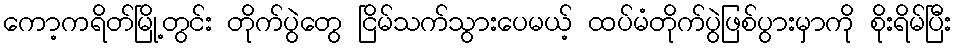
ကော့ကရိတ်မြို့တွင်း တိုက်ပွဲတွေ ငြိမ်သက်သွားပေမယ့် ထပ်မံတိုက်ပွဲဖြစ်ပွားမှာကို စိုးရိမ်ပြီး